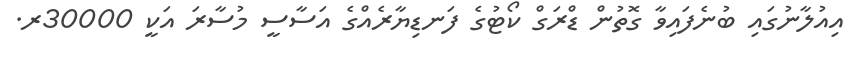
އިއުލާނުގައި ބުނެފައިވާ ގޮތުން ޑްރަގް ކޯޓުގެ ފަނޑިޔާރެއްގެ އަސާސީ މުސާރަ އަކީ 30000ރ.